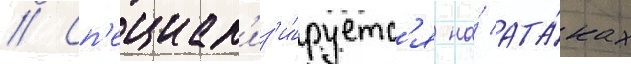
// Сп'ециал'из'и́руетс'я на́ ата́ках